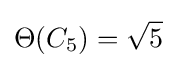
\Theta (C_{5})={\sqrt {5}}